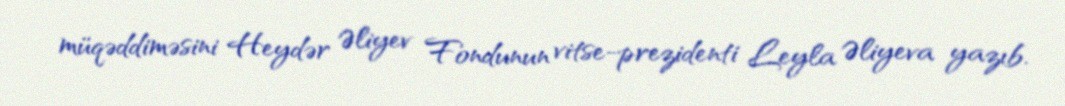
müqəddiməsini Heydər Əliyev Fondunun vitse-prezidenti Leyla Əliyeva yazıb.